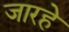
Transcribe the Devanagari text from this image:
जारहे